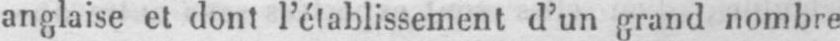
anglaise et dont l’établissement d’un grand nombre